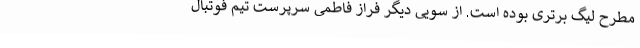
مطرح لیگ برتری بوده است. از سویی دیگر فراز فاطمی سرپرست تیم فوتبال